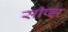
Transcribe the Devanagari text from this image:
सीप्झ